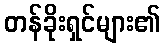
တန်ခိုးရှင်များ၏